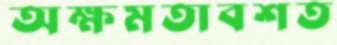
অক্ষমতাবশত